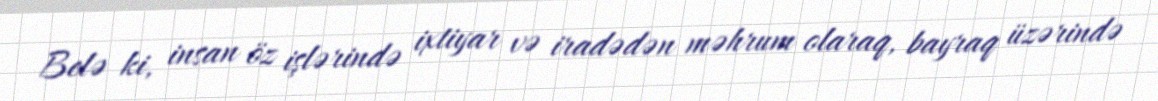
Belə ki, insan öz işlərində ixtiyar və iradədən məhrum olaraq, bayraq üzərində